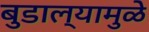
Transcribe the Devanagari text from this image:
बुडाल्यामुळे